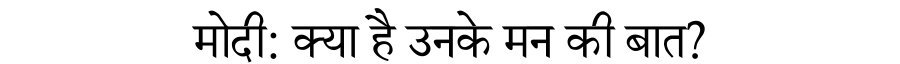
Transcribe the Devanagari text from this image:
मोदी: क्या है उनके मन की बात?